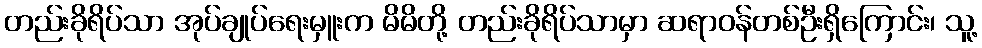
တည်းခိုရိပ်သာ အုပ်ချုပ်ရေးမှူးက မိမိတို့ တည်းခိုရိပ်သာမှာ ဆရာဝန်တစ်ဦးရှိကြောင်း၊ သူ့